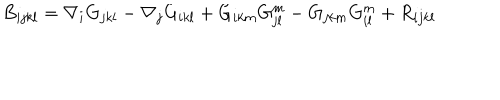
B _ { i j k l } = \nabla _ { i } G _ { j k l } - \nabla _ { j } G _ { i k l } + G _ { i k m } G _ { j l } ^ { m } - G _ { j k m } G _ { i l } ^ { m } + R _ { i j k l }